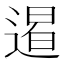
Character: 𨔹